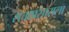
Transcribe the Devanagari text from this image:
सत्ताप्रसाराला